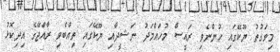
މިވަގުތު ޔޫކޭގައި ހުންނެވި ރައީސް މުހައްމަދު ނަޝީދާއި ޔޫކޭގައި ތިއްބެވި ރާއްޖޭގެ އިދިކޮޅު